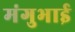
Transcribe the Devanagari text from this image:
मंगुभाई